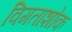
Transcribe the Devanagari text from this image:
विगताशोक